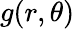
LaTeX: g(r,\theta)